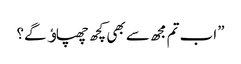
”اب تم مجھ سے بھی کچھ چھپاﺅ گے؟